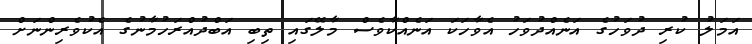
އަމަލު ކުރި ދުވަހުގެ އަނެއްދުވަހު އެވާހަކަ އަނެއްކާވެސް މާލޭގައި ތިބި އަބްދުއްރަހުމާނުގެ އެކުވެރިންނަށް